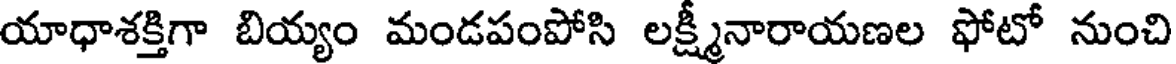
యాధాశక్తిగా బియ్యం మండపంపోసి లక్ష్మీనారాయణల ఫోటో నుంచి